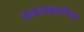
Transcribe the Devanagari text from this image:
जननक्षमतेवर